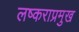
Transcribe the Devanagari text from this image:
लष्कराप्रमुख